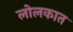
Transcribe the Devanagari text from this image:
लोलकात